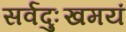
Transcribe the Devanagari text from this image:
सर्वदुःखमयं